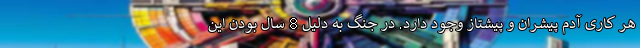
هر کاری آدم پیشران و پیشتاز وجود دارد. در جنگ به دلیل 8 سال بودن این